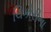
ચિકોરીના